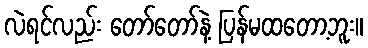
လဲရင်လည်း တော်တော်နဲ့ ပြန်မထတော့ဘူး။